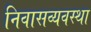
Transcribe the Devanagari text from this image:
निवासव्यवस्था